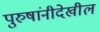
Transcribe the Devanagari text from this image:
पुरुषांनीदेखील